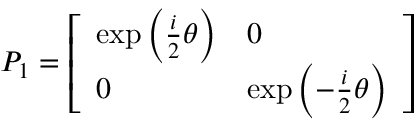
P _ { 1 } = { \left[ \begin{array} { l l } { \exp \left( { \frac { i } { 2 } } \theta \right) } & { 0 } \\ { 0 } & { \exp \left( - { \frac { i } { 2 } } \theta \right) } \end{array} \right] }